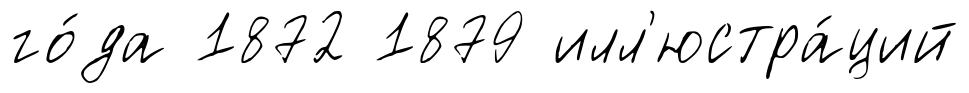
го́да 1872 1879 илл'юстра́ций